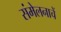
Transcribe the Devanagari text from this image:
संमेलनाचें